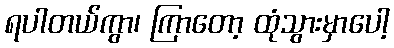
ရပါတယ်ကွာ၊ ကြာတော့ ထုံသွားမှာပေါ့